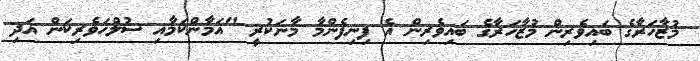
މުޒާހަރާގެ ބައިވެރިން މުޒާހަރާގެ ބައިވެރިން އެ ފިނިފެންމާ މާނަކުރީ "އަމާންކަމާއި ސުލްހަވެރިކަން އަދި